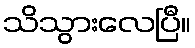
သိသွားလေပြီ။